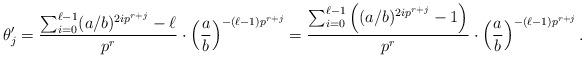
LaTeX: \begin{align*}\theta'_j =\frac{\sum_{i=0}^{\ell-1}(a/b)^{2ip^{r+j}}-\ell}{p^r}\cdot\left(\frac{a}{b}\right)^{-(\ell-1)p^{r+j}} = \frac{\sum_{i=0}^{\ell-1} \left( (a/b)^{2ip^{r+j}}-1 \right)}{p^r}\cdot\left(\frac{a}{b}\right)^{-(\ell-1)p^{r+j}}.\end{align*}